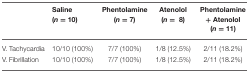
<table><thead><tr><td></td><td><b>Saline (<i>n</i> = 10)</b></td><td><b>Phentolamine (<i>n</i> = 7)</b></td><td><b>Atenolol (<i>n</i> = 8)</b></td><td><b>Phentolamine + Atenolol (<i>n</i> = 11)</b></td></tr></thead><tbody><tr><td>V. Tachycardia</td><td>10/10 (100%)</td><td>7/7 (100%)</td><td>1/8 (12.5%)</td><td>2/11 (18.2%)</td></tr><tr><td>V. Fibrillation</td><td>10/10 (100%)</td><td>7/7 (100%)</td><td>1/8 (12.5%)</td><td>2/11 (18.2%)</td></tr></tbody></table>